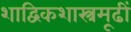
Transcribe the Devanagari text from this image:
शाद्विकशास्त्रमूढीं